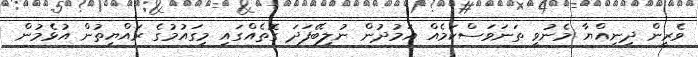
ވެރީން ދިނިއްޔާ މެނުވީ ތަނަވަސްކަމެއް އަމުދުން ނުލިބޭފަދަ ގޮތެއްގައި މިގައުމުގެ ރައްޔިތުން އުޅެމުން